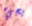
يجيء